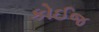
કોઈજ